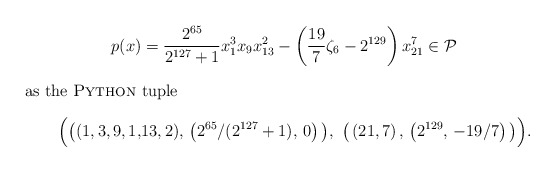
\begin{align*}p(x) &= {2^{65} \over 2^{127} + 1} x_1^3 x_9 x_{13}^2 - \left({19 \over 7} \zeta_6 - 2^{129}\right) x_{21}^7\in \mathcal{P}\intertext{as the {\sc Python} tuple}\Big(\big((1, 3, 9, 1, &13, 2), \, \left(2^{65} / (2^{127} + 1), \, 0 \right)\big), \,\, \big(\left(21, 7\right), \, \left(2^{129}, \, -19/7\right)\big)\Big).\end{align*}